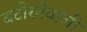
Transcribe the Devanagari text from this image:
बटोरनेवाली